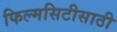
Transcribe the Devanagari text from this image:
फिल्मसिटीसाठी